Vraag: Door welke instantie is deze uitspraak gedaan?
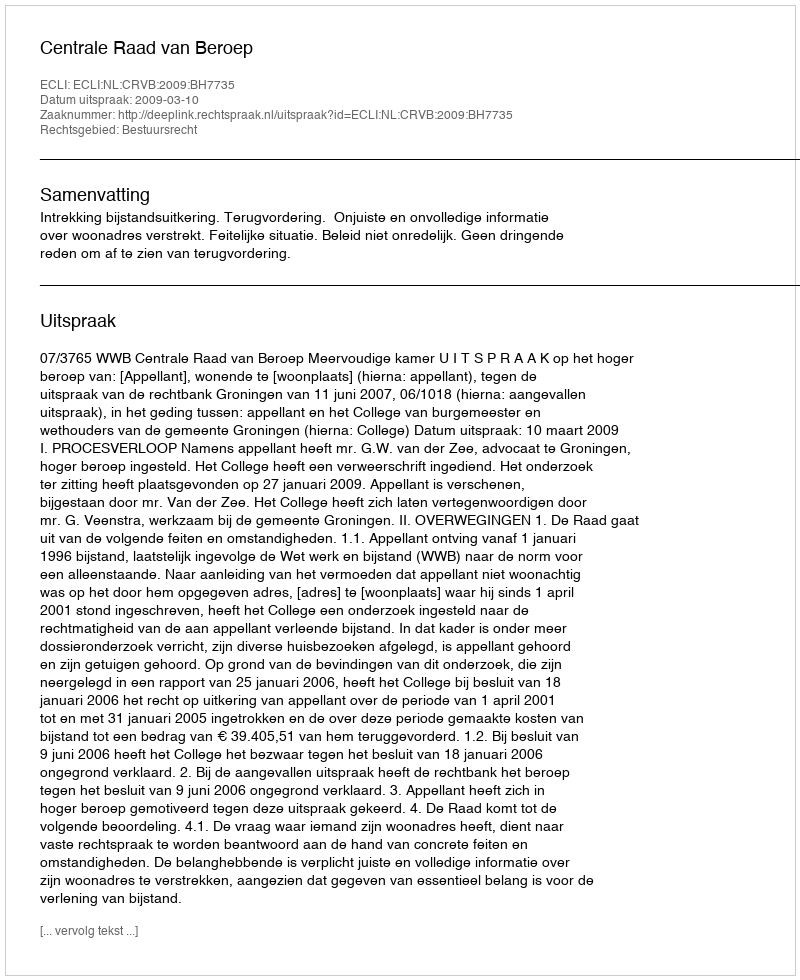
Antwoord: Centrale Raad van Beroep